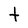
Character: t